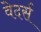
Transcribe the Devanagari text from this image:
वेदर्स